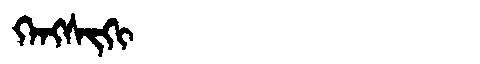
Manchu: ᡴᡝᠩᠰᡳᡴᡳ
Romanization: KENGSIKI